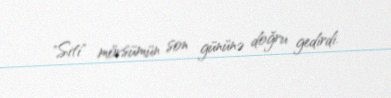
"Siti" mövsümün son gününə doğru gedirdi.